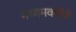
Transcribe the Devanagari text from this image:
मध्यमवगीर्य